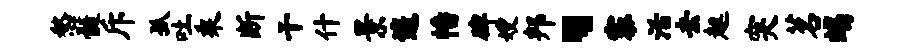
愁髓斥孤吐乘断干什景遥幡碑嫂邦、寨活去趄突茗竭